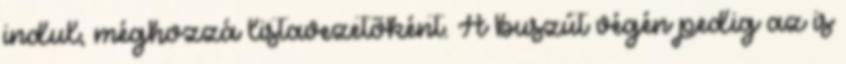
indul, méghozzá listavezetőként. A buszút végén pedig az is